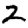
Digit: 2